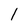
Character: 1